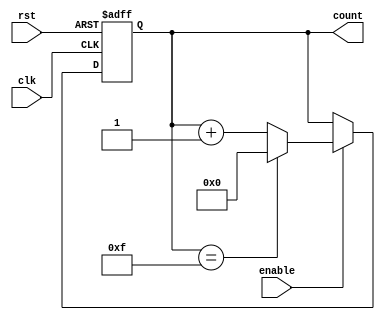
module binary_counter (
    input wire clk,          // Clock input
    input wire rst,          // Asynchronous reset
    input wire enable,       // Enable signal
    output reg [3:0] count   // 4-bit counter output
);

// Maximum value for the counter (15 for a 4-bit counter)
parameter MAX_COUNT = 4'b1111;

always @(posedge clk or posedge rst) begin
    if (rst) begin
        // Asynchronous reset
        count <= 4'b0000;
    end else if (enable) begin
        // Increment the counter if enabled
        if (count == MAX_COUNT) begin
            count <= 4'b0000; // Wrap around to 0
        end else begin
            count <= count + 1; // Increment count
        end
    end
end

endmodule